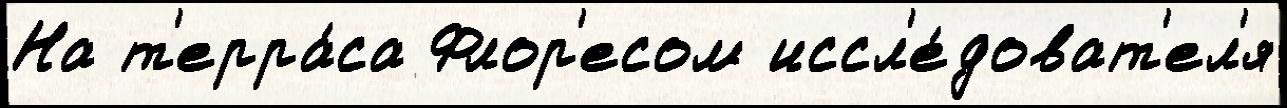
На т'ерра́са Флор'есом иссл'е́доват'ел'я